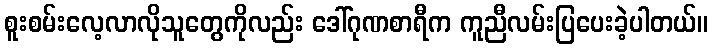
စူးစမ်းလေ့လာလိုသူတွေကိုလည်း ဒေါ်ဂုဏစာရီက ကူညီလမ်းပြပေးခဲ့ပါတယ်။